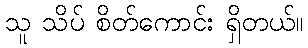
သူ သိပ် စိတ်ကောင်း ရှိတယ်။